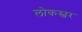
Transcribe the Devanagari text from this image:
लोकस्वर